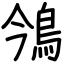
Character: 鳹